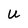
Character: U